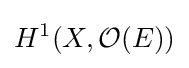
H^{1}(X,{\mathcal {O}}(E))